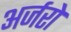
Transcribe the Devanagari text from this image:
अर्जरो